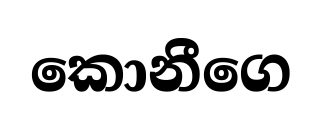
කොනීගෙ